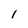
Character: I